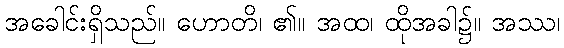
အခေါင်းရှိသည်။ ဟောတိ၊ ၏။ အထ၊ ထိုအခါ၌။ အဿ၊